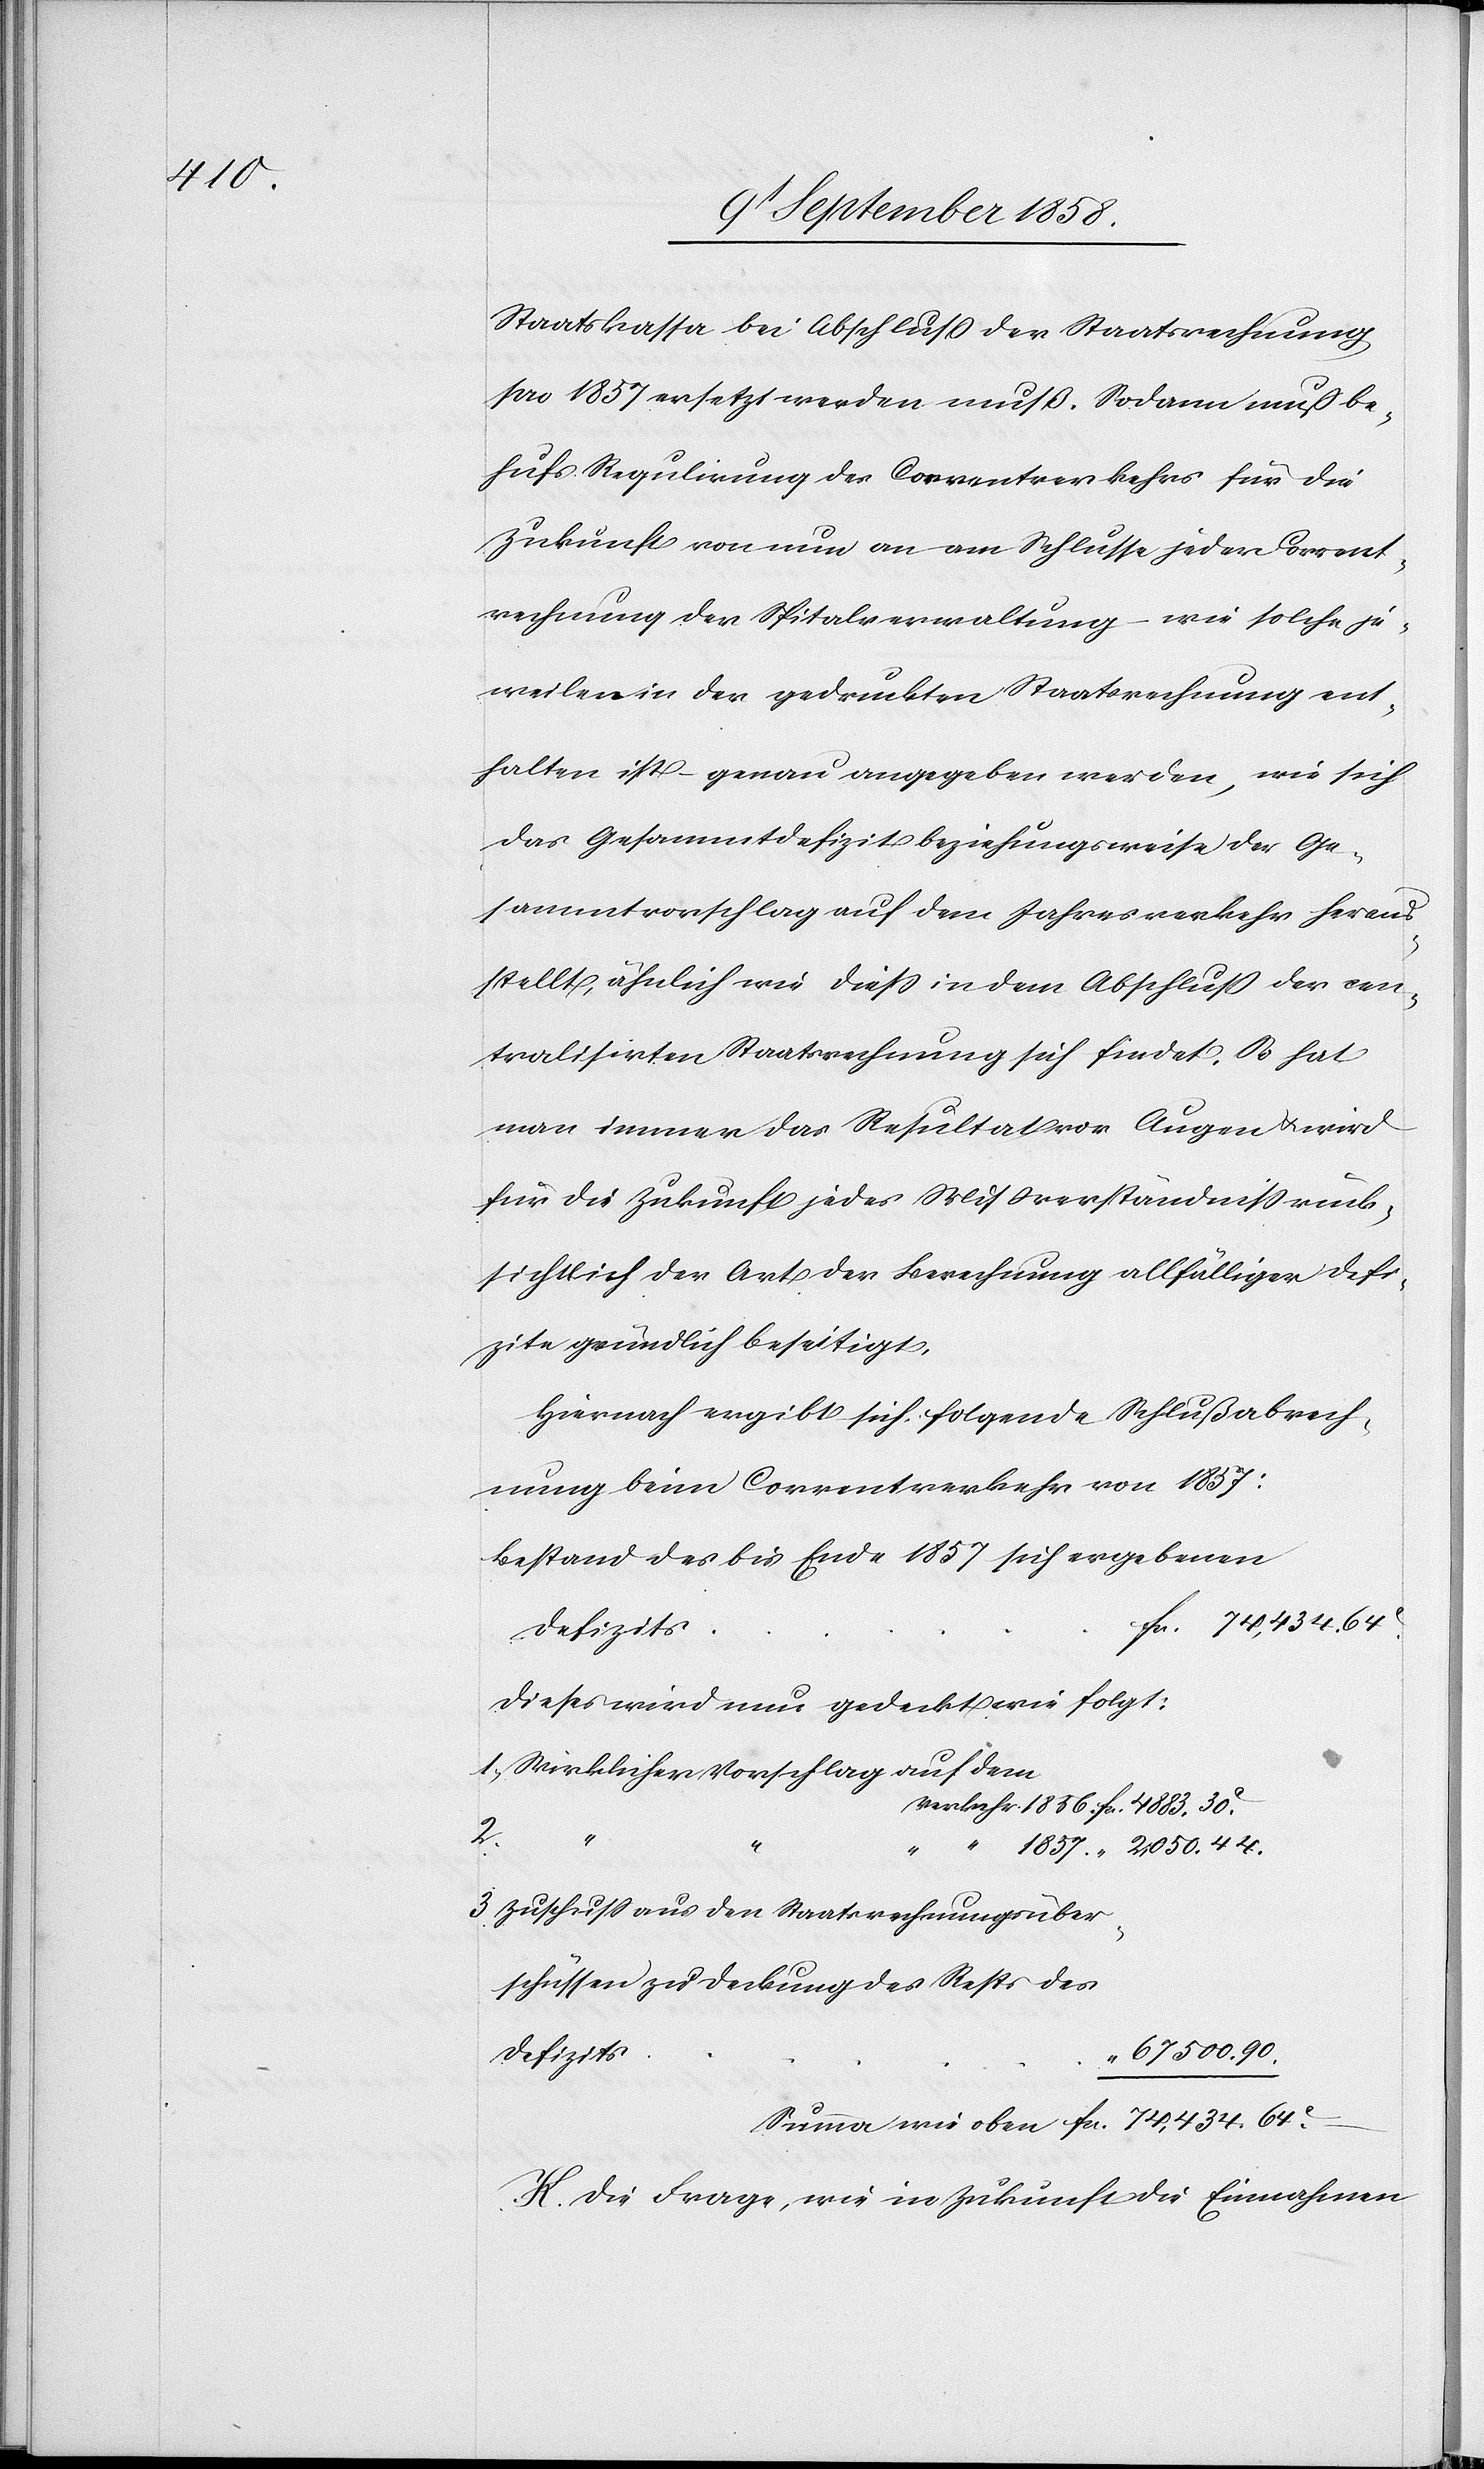
74,434.

Staatskassa bei Abschluss der Staatsrechnung
pro 1857 ersetzt werden muß. Sodann muß be¬
hufs Regulirung des Correntverkehrs für die
Zukunft von nun an am Schlusse jeder Corrent¬
rechnung der Spitalverwaltung – wie solche je¬
weilen in der gedruckten Staatsrechnung ent¬
halten ist – genau angegeben werden, wie sich
das Gesammtdefizit beziehungsweise der Ge¬
sammtvorschlag auf dem Jahresverkehr heraus¬
–
stellt, ähnlich wie diess in dem Abschluß der cen¬
tralisirten Staatsrechnung sich findet. So hat
man immer das Resultat vor Augen & wird
für die Zukunft jedes Missverständniss rück¬
sichtlich der Art der Berechnung allfälliger Defi¬
zite gründlich beseitigt.
Hiernach ergibt sich folgende Schlußabrech¬
nung beim Correntverkehr von 1857:
Bestand des bis Ende 1857 sich ergebenen
Defizits
Dieses wird nun gedeckt wie folgt:
1. Wirklicher Vorschlag auf dem
2.
“
3. Zuschuss aus den Staatsrechnungsüber¬
schüssen zu Deckung des Rests des
67 500. 90.
K. Die Frage, wie in Zukunft die Einnahmen